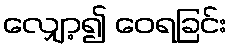
လျှော့၍ ဝေရခြင်း